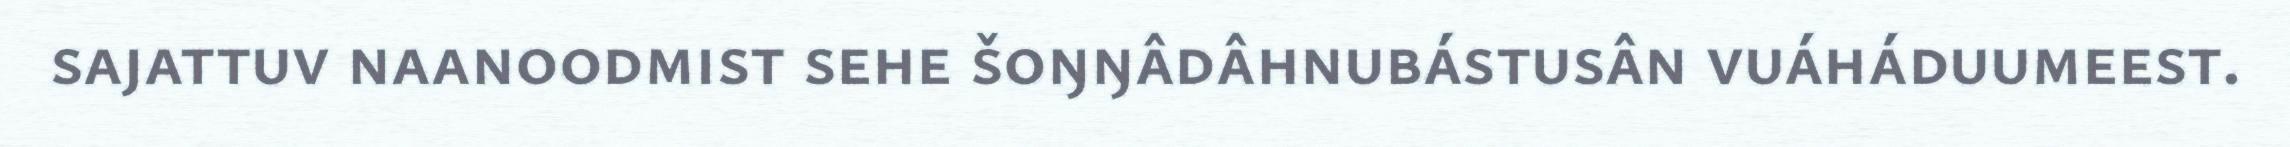
sajattuv naanoodmist sehe šoŋŋâdâhnubástusân vuáháduumeest.